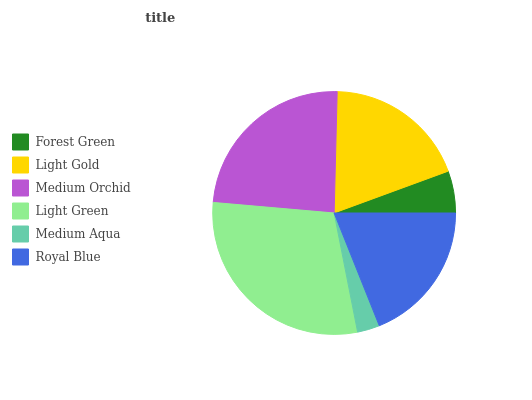
| Forest Green | Light Gold | Medium Orchid | Light Green | Medium Aqua | Royal Blue |
 | --- | --- | --- | --- | --- | --- |
 | 5.59% | 19% | 24.1% | 29.5% | 2.96% | 19% |